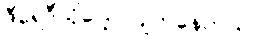
ဒီရေဒီယိုပေါ့။ ပျက်နေတယ်။